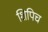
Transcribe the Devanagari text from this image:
शिपिच